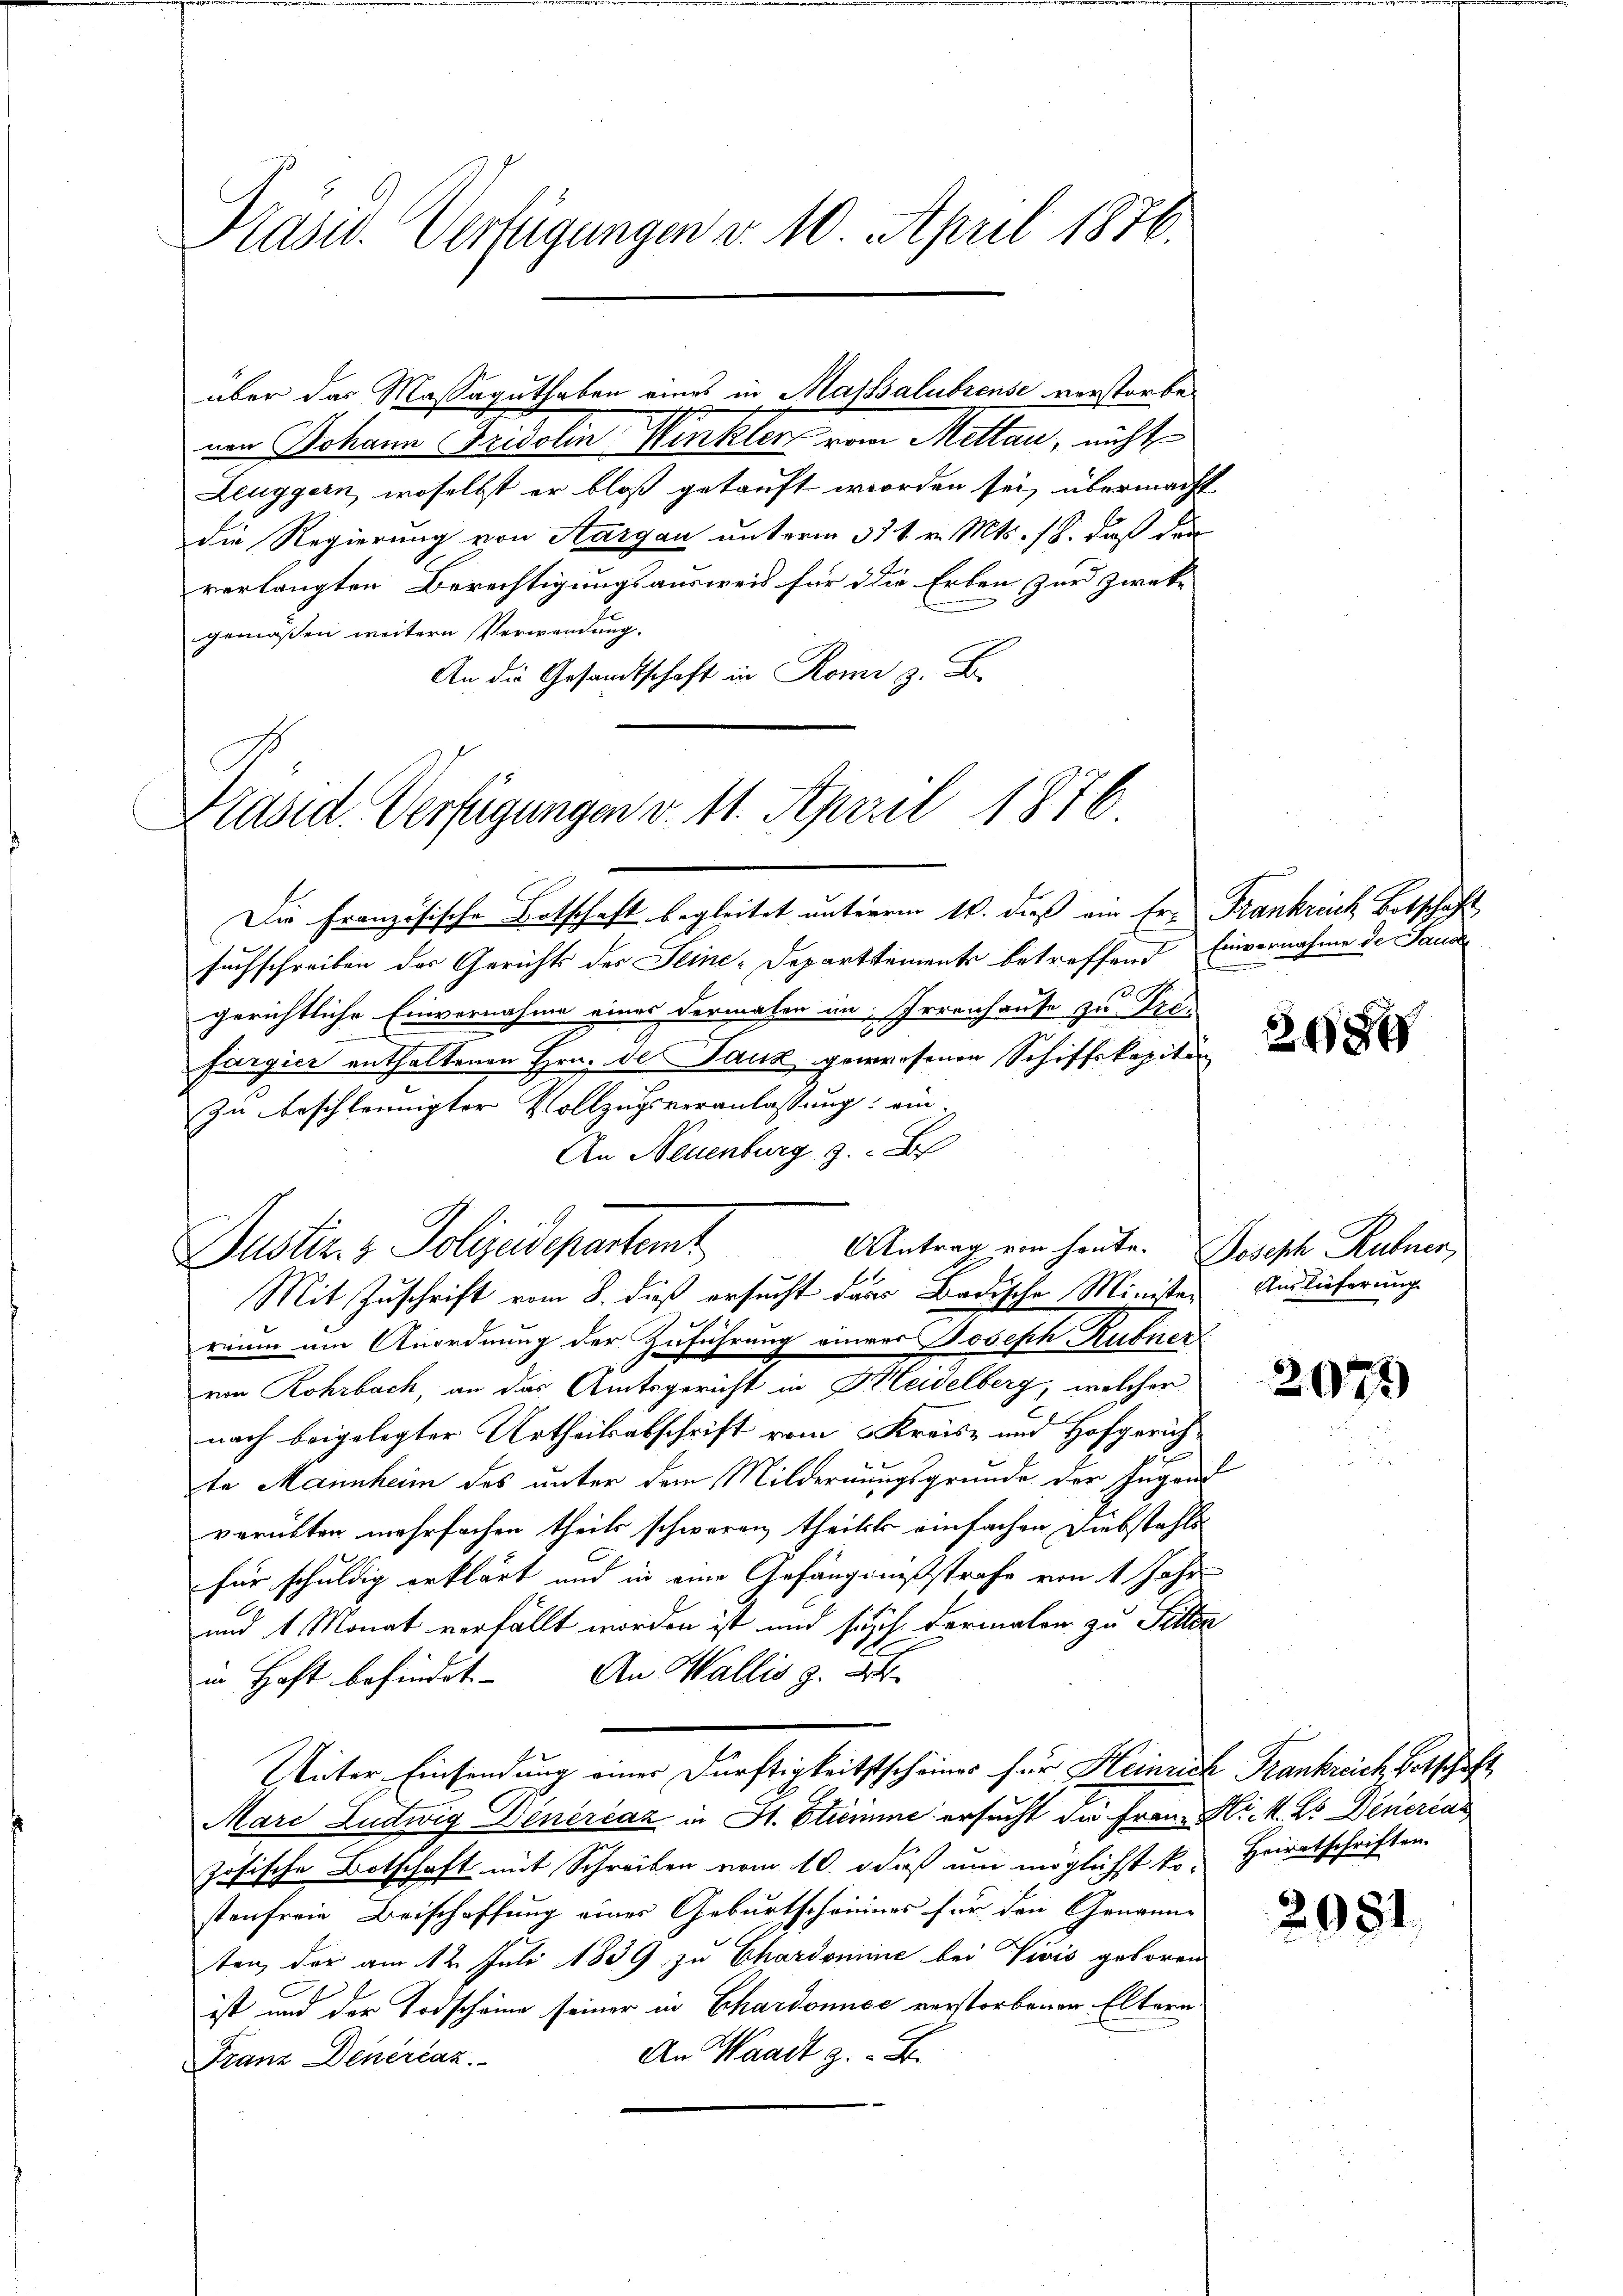
Pasid. Verfügungen v. 10. April 1876.

am Johann Fridolin Winkler vom Mettan, nicht
Leuggern, woselbst er bloß getauft worden sei, übermacht
die Regierung von Aargau unterm 31 t v. Mts. 18. daß den
verlangten Berechtigungsausweis für die Erben zur Zwecke
gemäßen weitern Verwendung.
An die Gesandtschaft in Romi z. B.

über das Massaguthaben eines in Masssalubreuse verstorbe¬

Präsid. Verfügungen v. 11. April 1876

Justiz & Polizeidepartemt
Mit Zuschrift vom 8. dieß ersucht dass Badische Ministe¬

Die Französische Botschaft begleitet unterm 16. dieß ein Er Frankreich Botschaft
suchschreiben des Gerichts der Seine-Departtements betreffend Einvernahme de Sand
gerichtliche Einvernahme eines dermalen an, Irrenhause zu Prefargier enthaltenen Hrn. de Tauz gewesenen Schiffskapitän
zu beschleunigter Vollzugsveranlassung ein.
An Neuenburg 3. D
AAntrag von heute. Joseph Rubner,
reim um Anordnung der Zuführung einer Joseph Rubner
von Rohrbach, an das Amtsgericht in Heidelberg, welcher
nach beigelegter Urtheilsabschrift vom Kreis- und Hofgerichte Mannheim des unter dem Mildernungsgrunde der Ingan
verübten mehrfachen theils schweren theilst einfachen Diebstahls
für schuldig erklärt und in eine Gefängnißstrafe von 1 Jahre
und 1 Monat verfällt worden ist und sich dermalen zu Pillen
in Haft befindet. - An Wallis z. B.
Unter Einsendung einer Dürftigkeitsscheines für Heinrich Frankreich, Betschaft
Marc Ludwig Dinerčaz in St. Etiemme ersucht die Franz Nik. Es Deuercar
zösische Botschaft mit Schreiben vom 10. daß um möglichst ko-
stenfreie Beischaffung eines Geburtschreines für den Genann-
ten, der am 12. Juli 1839 zu Chardominie bei Vivis geboren
ist und der Todscheine seiner in Chardonnec verstorbenen Eltern
An Waadt z. B.
Franz Denérčaz.

2089

Auslieferung

2071

Heiratschriften.

2981.